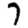
Digit: 7